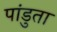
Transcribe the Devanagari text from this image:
पांडुता